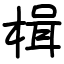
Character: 楫